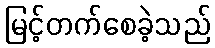
မြင့်တက်စေခဲ့သည်